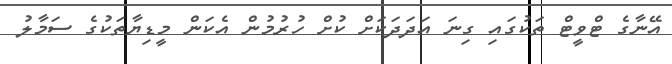
އޭނާގެ ޓްވީޓް ތަކުގައި ގިނަ އަދަދަކަށް ކުށް ހުރުމުން އެކަން މީޑިޔާތަކުގެ ސަމާލު